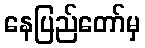
နေပြည်တော်မှ